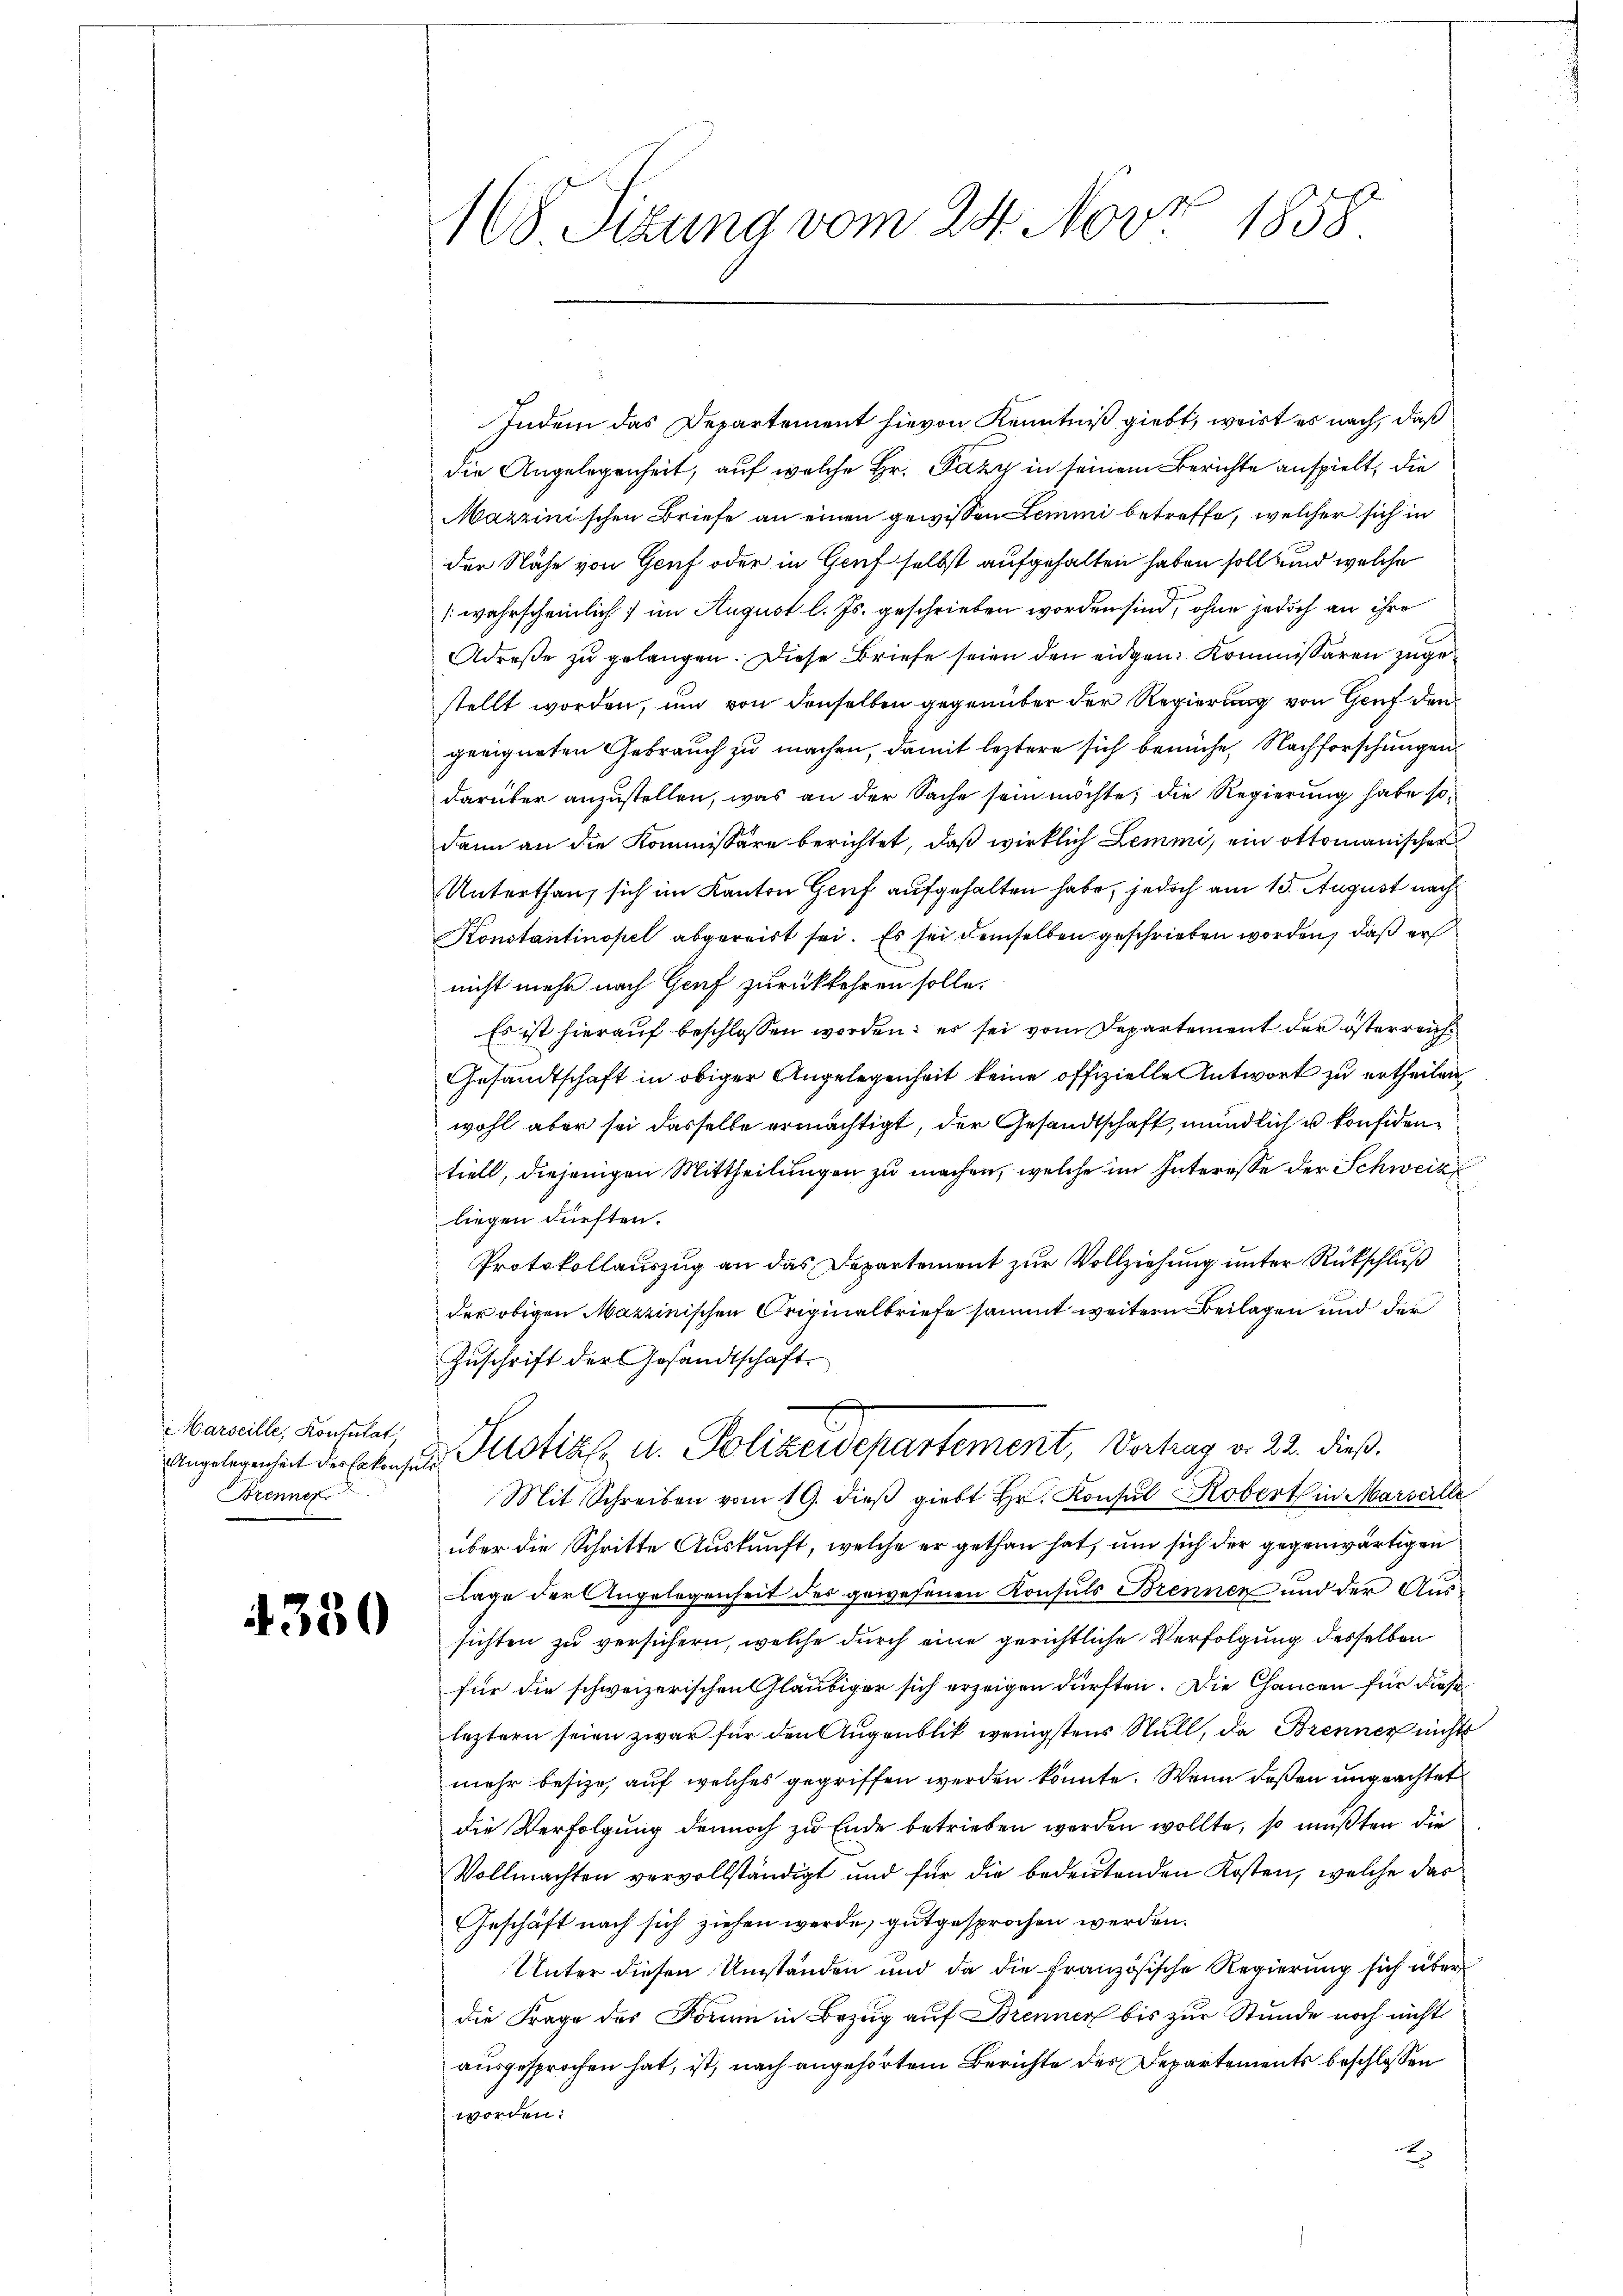
Marseille, Konsulat
Brenner

4330

168 Sizung vom 24. Novz 1858.

Indem das Departement hievon Kenntniß giebt, weist es nach, daß
die Angelegenheit, auf welche Hr. Pazy in seinem Berichte anspielt, die
Mazzinischen Briefe an einen gewissen Lemmi betreffe, welcher sich in
der Nähe von Genf oder in Genf selbst aufgehalten haben soll und welche
(wahrscheinlich; im August l. Js. geschrieben worden sind, ohne jedoch an ihre
Adroße zu gelangen. Diese Briefe seien den eidgen. Kommissären zugestellt worden, um von denselben gegenüber der Regierung von Genf den
geeigneten Gebrauch zu machen, damit leztere sich berüche, Nachforschungen.
darüber anzustellen, was an der Sache sein möchte; die Regierung habe sodann an die Kommissäre berichtet, daß wirklich Lemmi, ein Ottomanischer
Unterthan, sich im Kanton Genf aufgehalten habe, jedoch am 13. August nach
Konstantinopel abgereist sei. Es sei demselben geschrieben worden, daß er
nicht mehr nach Genf zurückkehren solle.
Es ist hierauf beschlossen worden; es sei vom Departement der österreich¬
Gesandtschaft in obiger Angelegenheit keine offizielle Antwort zu ertheilen
wohl aber sei dasselbe ermächtigt, der Gesandtschaft, mündlich u. konfidentiell, diejenigen Mittheilungen zu machen, welche im Interesse der Schweiz
liegen dürften.
Protokollauszug an das Departement zur Vollziehung unter Rückschluß
der obigen Mazzinischen Originalbriefe sammt weitern Beilagen und der
Zuschrift der Gesandtschaft.
2
Angelegenheit der Erkensard Pilotikel, u. Polizeidepartement, Vortrag d. 22. dieß.
Mit Schreiben vom 19. dieβ giebt Hr. Konsul Robert in Marselle
über die Schritte Auskunft, welche er gethan hat, um sich der gegenwärtigen
Lage der Angelegenheit des gewesenen Konsuls Brennen und der Aus-
sichten zu versichern, welche durch eine gerichtliche Verfolgung desselben
für die schweizerischen Gläubiger sich erzeigen dürften. Die Chancen für diese
leztern seien zwar für den Augenblik wenigstens Null, da Brenner nichts
mehr besize, auf welches gegriffen werden könnte. Wenn deßen ungeachtet
die Verfolgung dennoch zu Ende betrieben werden wollte, so mußten die
Vollmachten vervollständigt und für die bedeutenden Kosten, welche das
Geschäft nach sich ziehen werde, gutgesprochen werden.
Unter diesen Umständen und da die französische Regierung sich über
die Frage des Form in Bezug auf Brenner bis zur Stunde noch nicht
ausgesprochen hat, ist, nach angehörtem Berichte des Departements beschlossen
worden.
2